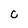
Character: 0